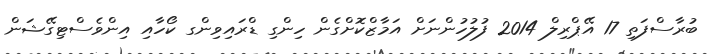
ބުރާސްފަތި 17 އޭޕްރިލް 2014 ފުލުހުންނަށް އަމާޒްކޮށްގެން ހިންގި ޑްރައިވިންގ ކޯހާއި އިންވެސްޓިގޭޝަން